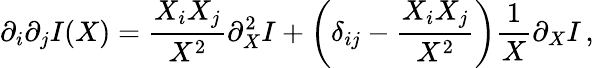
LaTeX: \partial_{i}\partial_{j}I(X)=\frac{X_{i}X_{j}}{X^{2}}\partial_{X}^{2}I+\left({\delta_{ij}}-\frac{X_{i}X_{j}}{X^{2}}\right)\frac{1}{X}\partial_{X}I\, ,